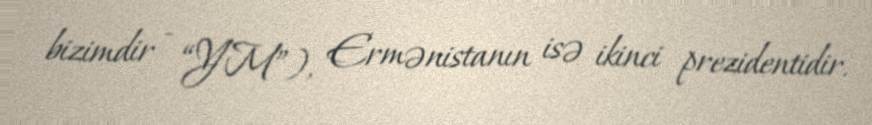
bizimdir - “YM”), Ermənistanın isə ikinci prezidentidir.